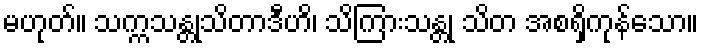
မဟုတ်။ သက္ကသန္တုသိတာဒီဟိ၊ သိကြားသန္တု သိတ အစရှိကုန်သော။